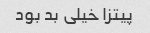
پیتزا خیلی بد بود